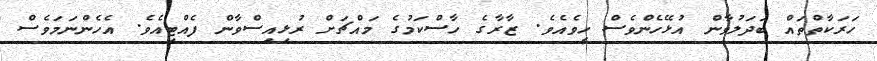
ހަރަކާތްތައް ބަދަލުވާން އުޅޭހެންވެސް ހީވެއެވެ. ޒާރާގެ ހާސްކަމުގެ މައްޗަށް ރުޅިއިސްވާން ފެއްޓިއެވެ. އެހެންނަމަވެސް